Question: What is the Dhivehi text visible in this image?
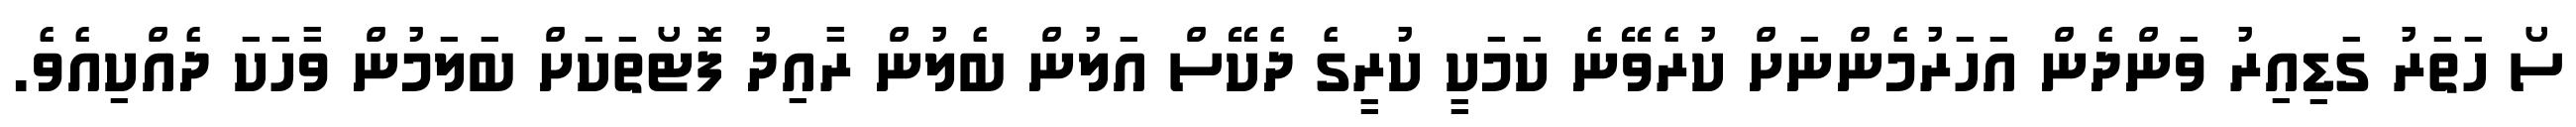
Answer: ސޯ ހަތަރު ގަޑިއިރު ވަންދެން އަހަރުމެންނަށް ކުރެވޭނެ ކަމަކީ ކުރީގެ ދެކޭސް އަލުން ބެލުން ރާއިދު ފޮޓޯތަކަށް ބަލަމުން ވާހަކަ ދެއްކިއެވެ.